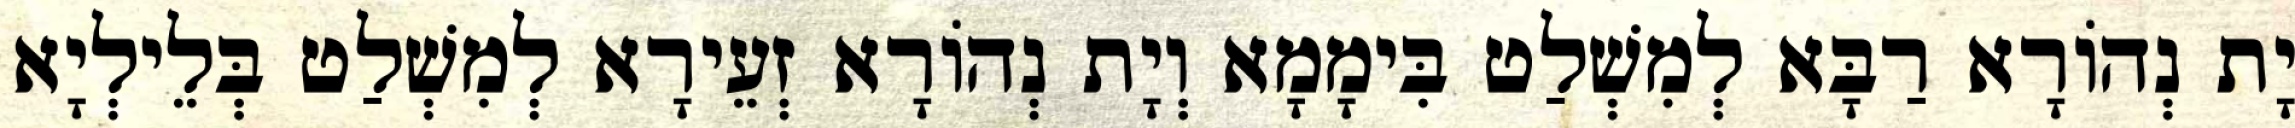
יָת נְהוֹרָא רַבָּא לְמִשְׁלַט בִּימָמָא וְיָת נְהוֹרָא זְעֵירָא לְמִשְׁלַט בְּלֵילְיָא